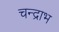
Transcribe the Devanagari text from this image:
चन्द्राभ